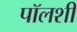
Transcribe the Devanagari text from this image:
पॉलशी